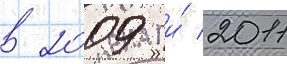
в 2009 и́ 2011